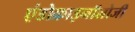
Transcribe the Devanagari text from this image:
एंडोक्राइनॉलोजी